Museums and galleries and the schools, 1932
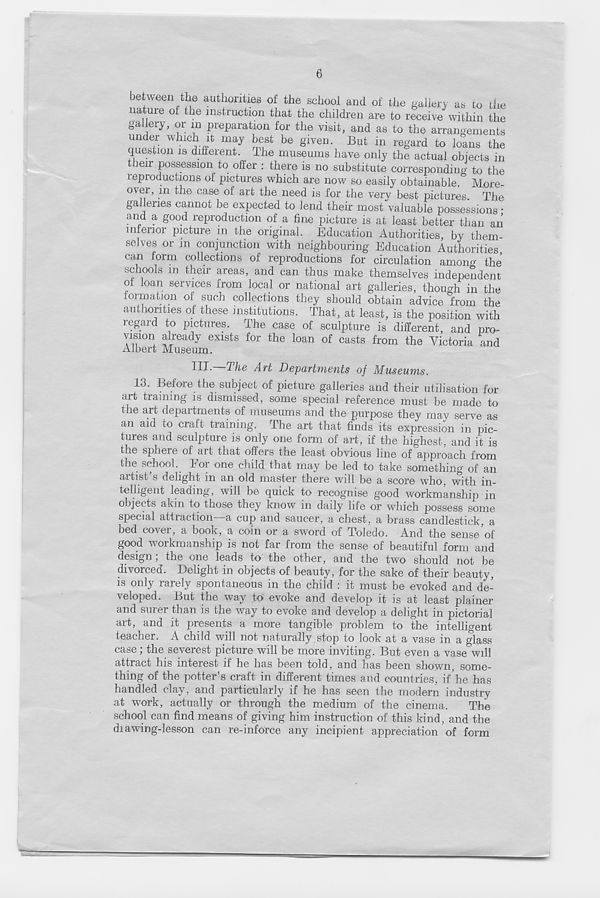
6
between the authorities of the school and of the gallery as to the
nature of the instruction that the children are to receive within the
gallery, or m preparation for the visit, and as to the arrangements
un er which it may best be given. But in regard to loans the
question is different. Ihe museums have only the actual obiects in
t icir possession to offer : there is no substitute corresponding to the
reproductions of pictures which are now so easily obtainable. More-
over, m the case of art the need is for the very best pictures. The
galleries cannot be expected to lend their most valuable possessions •
and a good reproduction of a fine picture is at least better than an
inferior picture m the original. Education Authorities, by them-
selves or m conjunction with neighbouring Education Authorities
cari form collections of reproductions for circulation among the
schools in their areas, and can thus make themselves independent
ol loan services from local or national art galleries, thou ah in the
formation of such collections they should obtain advice from the
authorities of these institutions. That, at least, is the position with
regard to pictures. The case of sculpture is different, and pro-
vision already exists for the loan of casts from the Victoria and
Albert Museum.
IIL—The Art Departments of Museums.
13. Before the subject of picture galleries and their utilisation for
art training is dismissed, some special reference must be made to
the art departments of museums and the purpose they may serve as
an aid to craft training. The art that finds its expression in pic-
tures and sculpture is only one form of art, if the highest, and it is
the sphere of art that offers the least obvious line of approach from
the school. For one child that may be led to take something of an
artist’s delight in an old master there will be a score who, with in-
telligent leading, will be quick to recognise good workmanship in
objects akin to those they know in daily life or which possess some
special attraction—a cup and saucer, a chest, a brass candlestick, a
bed co\er, a book, a coin or a sword of Toledo. And the sense of
good workmanship is not far from the sense of beautiful form and
design; the one leads to the other, and the two should not be
divorced. Delight in objects of beauty, for the sake of their beauty,
is only rarely spontaneous in the child : it must be evoked and de-
veloped. But the way to evoke and develop it is at least plainer
and surer than is the way to evoke and develop a delight in pictorial
art, and it presents a more tangible problem to the intelligent
teacher. A child will not naturally stop to look at a vase in a glass
case ; the severest picture will be more inviting. But even a vase will
attract his interest if he has been told, and has been shown, some-
thing of the potter’s craft in different times and countries, if’he has
handled clay, and particularly if he has seen the modern industry
at work, actually or through the medium of the cinema.
The
school can find means of giving him instruction of this kind, and the
diawing-lesson can re-inforce any incipient appreciation of form